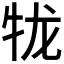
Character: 𪺪